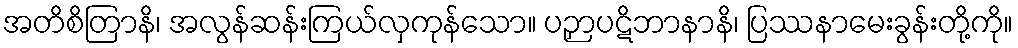
အတိစိတြာနိ၊ အလွန်ဆန်းကြယ်လှကုန်သော။ ပဉှာပဋိဘာနာနိ၊ ပြဿနာမေးခွန်းတို့ကို။